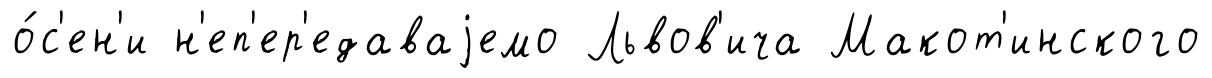
о́с'ен'и н'еп'ер'едаваjемо Львов'ича Макот'инского